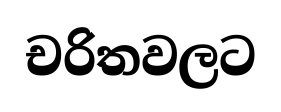
චරිතවලට